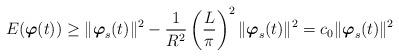
LaTeX: \begin{align*}E(\mbox{\mathversion{bold}$\varphi$}(t)) \geq \| \mbox{\mathversion{bold}$\varphi$}_{s}(t)\|^{2}-\frac{1}{R^{2}}\left(\frac{L}{\pi}\right)^{2}\|\mbox{\mathversion{bold}$\varphi$}_{s}(t)\|^{2}=c_{0}\|\mbox{\mathversion{bold}$\varphi$}_{s}(t)\|^{2}\end{align*}